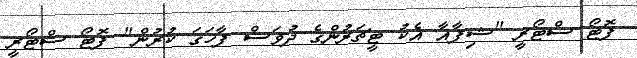
ފޮޓޯ ސްޓޯރީ "ޝިފާއާ އެކު ޓީޗަރުންގެ ދުވަސް ފާހަގަ ކުރުން" ފޮޓޯ ސްޓޯރީ